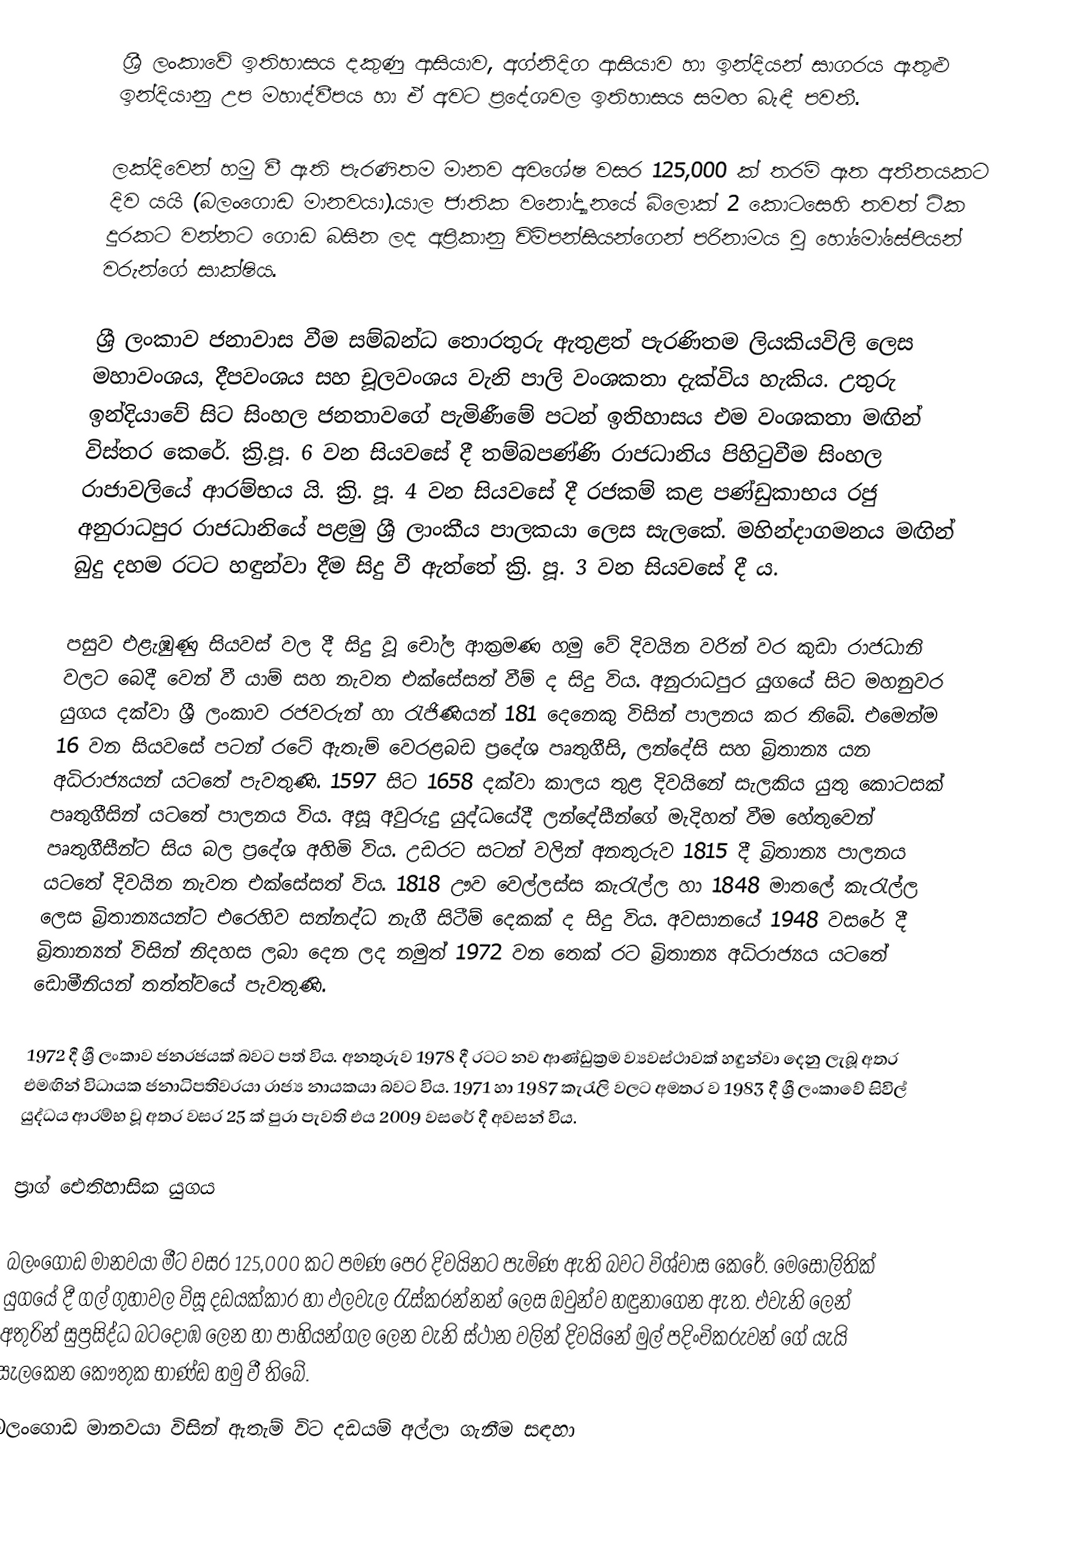
ශ්‍රී ලංකාවේ ඉතිහාසය දකුණු ආසියාව, අග්නිදිග ආසියාව හා ඉන්දියන් සාගරය ඇතුළු ඉන්දියානු උප මහාද්වීපය හා ඒ අවට ප්‍රදේශවල ඉතිහාසය සමඟ බැඳී පවතී.

ලක්දිවෙන් හමු වී ඇති පැරණිතම මානව අවශේෂ වසර 125,000 ක් තරම් ඈත අතීතයකට දිව යයි (බලංගොඩ මානවයා).යාල ජාතික වනෝද්‍යානයේ බ්ලොක් 2 කොටසෙහි තවත් ටික දුරකට වන්නට ගොඩ බසින ලද අප්‍රිකානු චිම්පන්සියන්ගෙන් පරිනාමය වු හෝමෝසේපියන් වරුන්ගේ සාක්ෂිය.

ශ්‍රී ලංකාව ජනාවාස වීම සම්බන්ධ තොරතුරු ඇතුළත් පැරණිතම ලියකියවිලි ලෙස මහාවංශය, දීපවංශය සහ චූලවංශය වැනි පාලි වංශකතා දැක්විය හැකිය. උතුරු ඉන්දියාවේ සිට සිංහල ජනතාවගේ පැමිණීමේ පටන් ඉතිහාසය එම වංශකතා මඟින් විස්තර කෙරේ. ක්‍රි.පූ. 6 වන සියවසේ දී තම්බපණ්ණි රාජධානිය පිහිටුවීම සිංහල රාජාවලියේ ආරම්භය යි. ක්‍රි. පූ. 4 වන සියවසේ දී රජකම් කළ පණ්ඩුකාභය රජු අනුරාධපුර රාජධානියේ පළමු ශ්‍රී ලාංකීය පාලකයා ලෙස සැලකේ. මහින්දාගමනය මඟින් බුදු දහම රටට හඳුන්වා දීම සිදු වී ඇත්තේ ක්‍රි. පූ. 3 වන සියවසේ දී ය.

පසුව එළැඹුණු සියවස් වල දී සිදු වූ චෝල ආක්‍රමණ හමු වේ දිවයින වරින් වර කුඩා රාජධානි වලට බෙදී වෙන් වී යාම් සහ නැවත එක්සේසත් වීම් ද සිදු විය. අනුරාධපුර යුගයේ සිට මහනුවර යුගය දක්වා ශ්‍රී ලංකාව රජවරුන් හා රැජිණියන් 181 දෙනෙකු විසින් පාලනය කර තිබේ. එමෙන්ම 16 වන සියවසේ පටන් රටේ ඇතැම් වෙරළබඩ ප්‍රදේශ පෘතුගීසි, ලන්දේසි සහ බ්‍රිතාන්‍ය යන අධිරාජ්‍යයන් යටතේ පැවතුණි. 1597 සිට 1658 දක්වා කාලය තුළ දිවයිනේ සැලකිය යුතු කොටසක් පෘතුගීසින් යටතේ පාලනය විය. අසූ අවුරුදු යුද්ධයේදී ලන්දේසීන්ගේ මැදිහත් වීම හේතුවෙන් පෘතුගීසීන්ට සිය බල ප්‍රදේශ අහිමි විය. උඩරට සටන් වලින් අනතුරුව 1815 දී බ්‍රිතාන්‍ය පාලනය යටතේ දිවයින නැවත එක්සේසත් විය. 1818 ඌව වෙල්ලස්ස කැරැල්ල හා 1848 මාතලේ කැරැල්ල ලෙස බ්‍රිතාන්‍යයන්ට එරෙහිව සන්නද්ධ නැගී සිටීම් දෙකක් ද සිදු විය. අවසානයේ 1948 වසරේ දී බ්‍රිතාන්‍යන් විසින් නිදහස ලබා දෙන ලද නමුත් 1972 වන තෙක් රට බ්‍රිතාන්‍ය අධිරාජ්‍යය යටතේ ඩොමීනියන් තත්ත්වයේ පැවතුණි.

1972 දී ශ්‍රී ලංකාව ජනරජයක් බවට පත් විය. අනතුරුව 1978 දී රටට නව ආණ්ඩුක්‍රම ව්‍යවස්ථාවක් හඳුන්වා දෙනු ලැබූ අතර එමඟින් විධායක ජනාධිපතිවරයා රාජ්‍ය නායකයා බවට විය. 1971 හා 1987 කැරැලි වලට අමතර ව 1983 දී ශ්‍රී ලංකාවේ සිවිල් යුද්ධය ආරම්භ වූ අතර වසර 25 ක් පුරා පැවති එය 2009 වසරේ දී අවසන් විය.

ප්‍රාග් ඓතිහාසික යුගය

බලංගොඩ මානවයා මීට වසර 125,000 කට පමණ පෙර දිවයිනට පැමිණ ඇති බවට විශ්වාස කෙරේ. මෙසොලිතික් යුගයේ දී ගල් ගුහාවල විසූ දඩයක්කාර හා ඵලවැල රැස්කරන්නන් ලෙස ඔවුන්ව හඳුනාගෙන ඇත. එවැනි ලෙන් අතුරින් සුප්‍රසිද්ධ බටදොඹ ලෙන හා පාහියන්ගල ලෙන වැනි ස්ථාන වලින් දිවයිනේ මුල් පදිංචිකරුවන් ගේ යැයි සැලකෙන කෞතුක භාණ්ඩ හමු වී තිබේ.
බලංගොඩ මානවයා විසින් ඇතැම් විට දඩයම් අල්ලා ගැනීම සඳහා